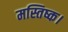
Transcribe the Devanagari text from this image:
मस्तिष्क।